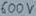
Text: 600V